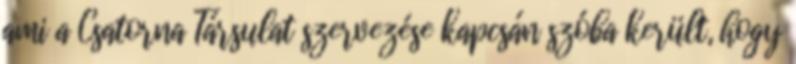
ami a Csatorna Társulat szervezése kapcsán szóba került, hogy